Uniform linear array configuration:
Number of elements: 8
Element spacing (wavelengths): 0.25
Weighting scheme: cosine
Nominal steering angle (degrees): -45
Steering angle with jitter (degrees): -46.704
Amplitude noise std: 0.05
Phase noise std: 0.05

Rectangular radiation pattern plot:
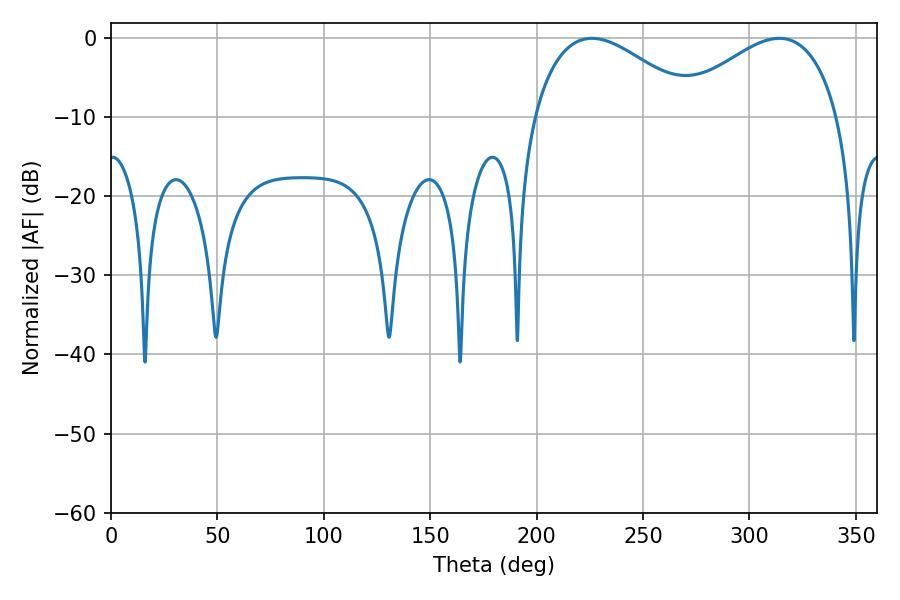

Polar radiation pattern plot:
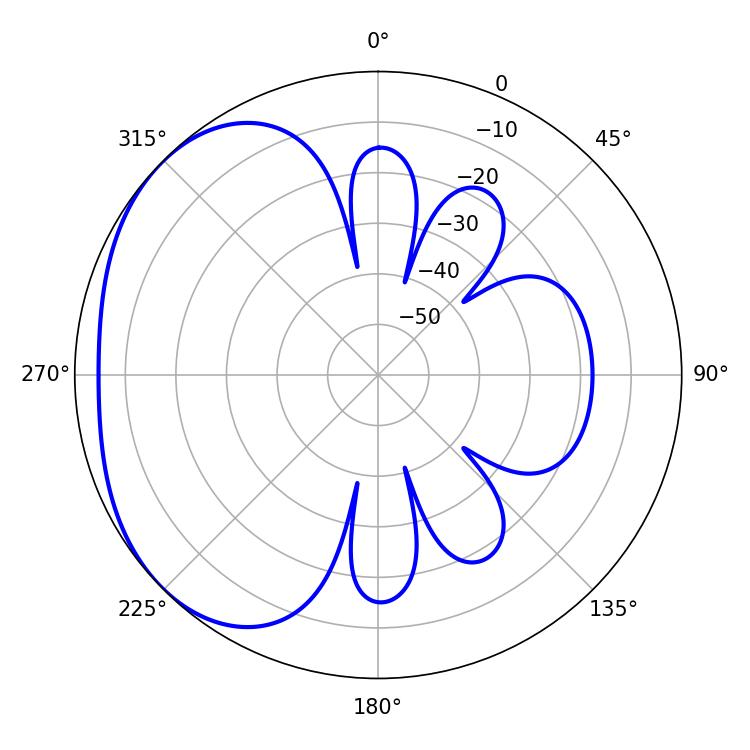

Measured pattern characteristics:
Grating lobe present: FALSE
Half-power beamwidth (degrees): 42.12
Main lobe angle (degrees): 225.9